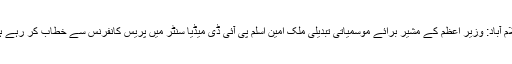
اسلام آباد: وزیر اعظم کے مشیر برائے موسمیاتی تبدیلی ملک امین اسلم پی آئی ڈی میڈیا سنٹر میں پریس کانفرنس سے خطاب کر رہے ہیں۔